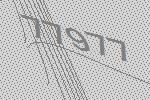
77977